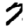
Digit: 7